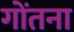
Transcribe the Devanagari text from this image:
गोंतना